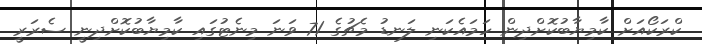
ކްރަކޯއަށް ކާމިޔާބުކޮށްދިން ހަމައެކަނި ލަނޑު މެޗުގެ 71 ވަނަ މިނެޓުގައި ކާމިޔާބުކޮށްދިނީ ސެރަރީ